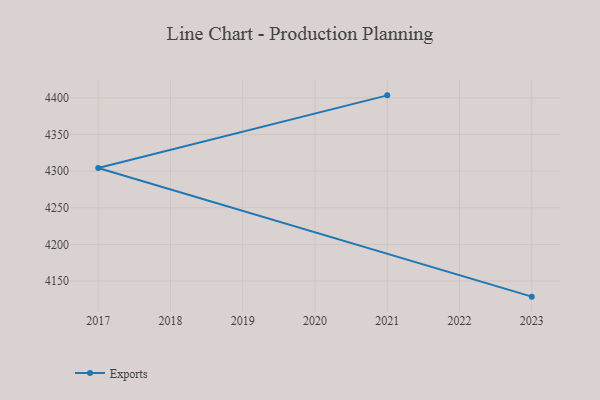
{"axis": {"x": "Year", "y": "Latency (ms)"}, "legend": ["Exports"], "data": [{"x": "2021", "y": 4403.4, "type": "Exports"}, {"x": "2017", "y": 4304.2, "type": "Exports"}, {"x": "2023", "y": 4128.7, "type": "Exports"}]}